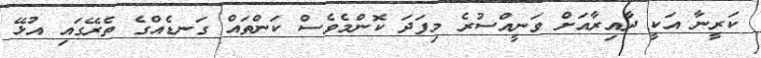
ކަރީނާ އަކީ ދާއިރާއަށް ވަނީއްސުރެ މިފަދަ ކޮންމެވެސް ކަންތައް ގަނޑެއްގެ ތެރޭގައި އުޅޭ